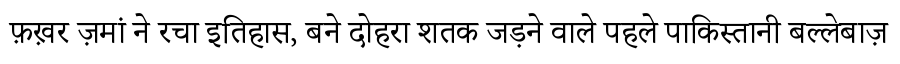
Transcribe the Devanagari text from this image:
फ़ख़र ज़मां ने रचा इतिहास, बने दोहरा शतक जड़ने वाले पहले पाकिस्तानी बल्लेबाज़